Mental hospitals Bombay report 1921-28 - 1921-1928
Year: 1921
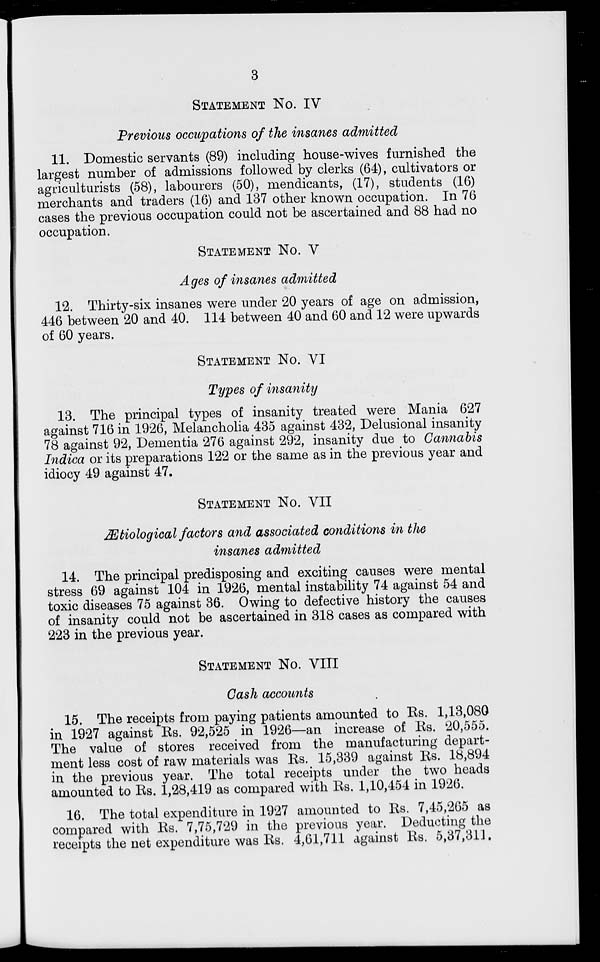
3
STATEMENT NO. IV
Previous occupations of the insanes admitted
11. Domestic servants (89) including house-wives furnished the
largest number of admissions followed by clerks (64), cultivators or
agriculturists (58), labourers (50), mendicants, (17), students (16)
merchants and traders (16) and 137 other known occupation. In 76
cases the previous occupation could not be ascertained and 88 had no
occupation.
STATEMENT No. V
Ages of insanes admitted
12. Thirty-six insanes were under 20 years of age on admission,
446 between 20 and 40. 114 between 40 and 60 and 12 were upwards
of 60 years.
STATEMENT No. VI
Types of insanity
13. The principal types of insanity treated were Mania 627
against 716 in 1926, Melancholia 435 against 432, Delusional insanity
78 against 92, Dementia 276 against 292, insanity due to Cannabis
Indica or its preparations 122 or the same as in the previous year and
idiocy 49 against 47.
STATEMENT NO. VII
Ætiological factors and associated conditions in the
insanes admitted
14. The principal predisposing and exciting causes were mental
stress 69 against 104 in 1926, mental instability 74 against 54 and
toxic diseases 75 against 36. Owing to defective history the causes
of insanity could not be ascertained in 318 cases as compared with
223 in the previous year.
STATEMENT No. VIII
Cash accounts
15. The receipts from paying patients amounted to Rs, 1,13,080
in 1927 against Rs. 92,525 in 1926—an increase of Rs. 20,555.
The value of stores received from the manufacturing depart-
ment less cost of raw materials was Rs. 15,339 against Rs. 18,894
in the previous year. The total receipts under the two heads
amounted to Rs. 1,28,419 as compared with Rs. 1,10,454 in 1926.
16. The total expenditure in 1927 amounted to Rs. 7,45,265 as
compared with Rs. 7,75,729 in the previous year. Deducting the
receipts the net expenditure was Rs. 4,61,711 against Rs. 5,37,311.